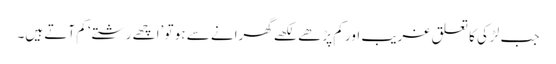
جب لڑکی کا تعلق غریب اور کم پڑھے لکھے گھرانے سے ہو تو ’اچھے رشتے‘ کم آتے ہیں۔